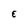
Character: E